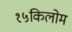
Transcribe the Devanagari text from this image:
१५किलोम